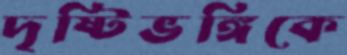
দৃষ্টিভঙ্গিকে